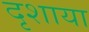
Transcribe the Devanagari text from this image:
दृशाया